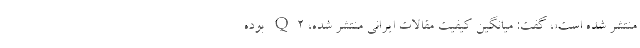
منتشر شده است»، گفت: میانگین کیفیت مقالات ایرانی منتشر شده، Q2 بوده